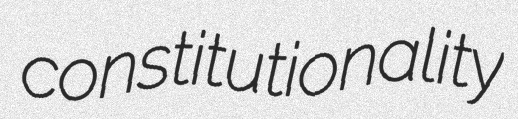
constitutionality